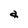
Character: a